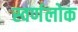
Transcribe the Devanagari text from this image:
स्वर्णलोक